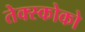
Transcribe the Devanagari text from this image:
तेक्स्कोको